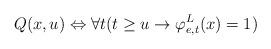
LaTeX: \begin{align*}Q(x,u) \Leftrightarrow \forall t ( t \geq u \rightarrow \varphi_{e,t}^{L}(x) = 1)\end{align*}